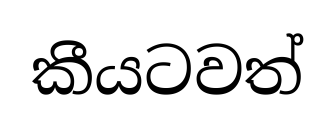
කීයටවත්